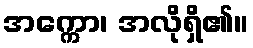
အက္ကော၊ အလိုရှိ၏။